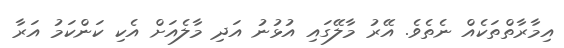
އިމާރާތްތަކެއް ނެތެވެ. އޭރު މާލޭގައި އުޅުނު އަދި މާލެއަށް އެކި ކަންކަމު އަރާ